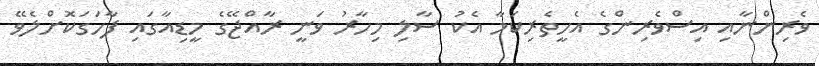
ވެރިންނާއި އިސްވެރިންގެ އެހީތެރިކަމާ އެކު ސާލި މިހާރު ވަނީ ރާއްޖޭގެ މީޑިއާގައި ފާހަގަކޮށްލެވޭ